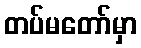
တပ်မတော်မှာ